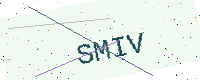
Text: SMIV